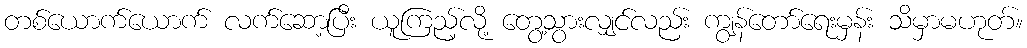
တစ်ယောက်ယောက် လက်ဆော့ပြီး ယူကြည့်လို့ တွေ့သွားလျှင်လည်း ကျွန်တော်ရေးမှန်း သိမှာမဟုတ်။